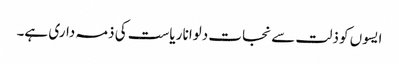
ایسوں کو ذلت سے نجات دلوانا ریاست کی ذمہ داری ہے۔